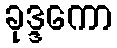
ခုဒ္ဒကော